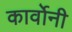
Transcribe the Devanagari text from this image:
कार्वोनी